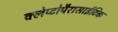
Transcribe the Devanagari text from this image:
क्लेप्टोपैरासाईटिक